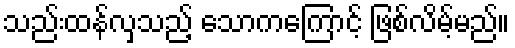
သည်းထန်လှသည့် သောကကြောင့် ဖြစ်လိမ့်မည်။